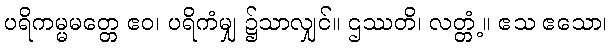
ပရိကမ္မမတ္တေ ဧဝ၊ ပရိကံမျှ ၌သာလျှင်။ ဌဿတိ၊ လတ္တံ့။ ဧသ ဧသော၊